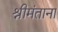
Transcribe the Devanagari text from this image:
श्रीमंताना